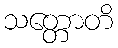
သတ္တောတိ